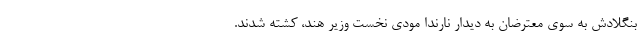
بنگلادش به سوی معترضان به دیدار نارندا مودی نخست وزیر هند، کشته شدند.